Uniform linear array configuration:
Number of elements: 48
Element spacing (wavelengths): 1
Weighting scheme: blackman
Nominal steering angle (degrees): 60
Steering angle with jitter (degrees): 59.759
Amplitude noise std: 0.05
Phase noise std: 0.05

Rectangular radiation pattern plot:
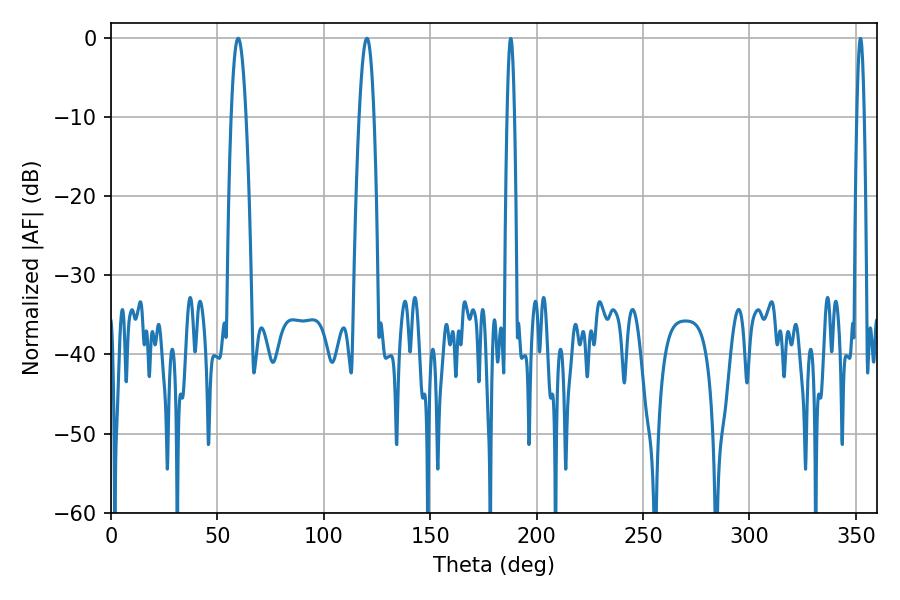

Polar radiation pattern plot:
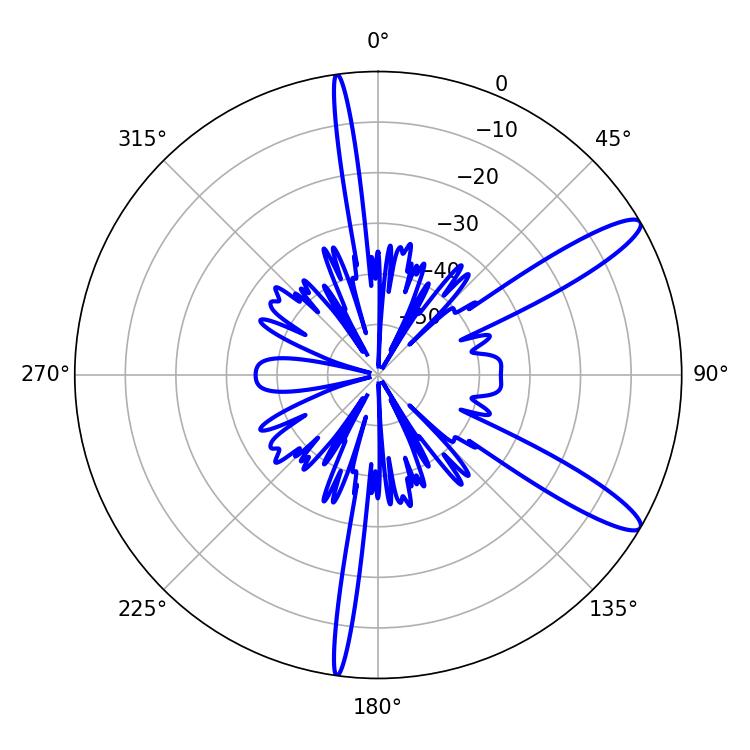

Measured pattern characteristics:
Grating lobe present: TRUE
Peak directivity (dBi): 12.383
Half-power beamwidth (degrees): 3.78
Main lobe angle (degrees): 59.76